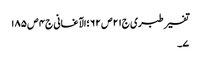
تفسیر طبری ج٢١ص ٦٢ ؛الآغانی ج٤ ص ١٨٥
٧۔